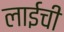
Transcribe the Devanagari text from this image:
लाईची